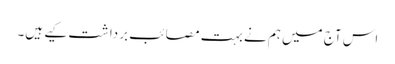
اس آج میں ہم نے بہت مصائب برداشت کیے ہیں۔